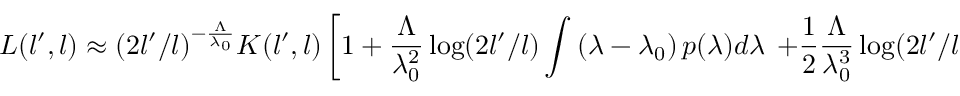
L ( l ^ { \prime } , l ) \approx ( 2 l ^ { \prime } / l ) ^ { - \frac { \Lambda } { \lambda _ { 0 } } } K ( l ^ { \prime } , l ) \left[ 1 + \frac { \Lambda } { \lambda _ { 0 } ^ { 2 } } \log ( 2 l ^ { \prime } / l ) \int \left( \lambda - \lambda _ { 0 } \right) p ( \lambda ) d \lambda \right. \left. + \frac { 1 } { 2 } \frac { \Lambda } { \lambda _ { 0 } ^ { 3 } } \log ( 2 l ^ { \prime } / l ) \left( \frac { \Lambda } { \lambda _ { 0 } } \log ( 2 l ^ { \prime } / l ) - 2 \right) \int ( \lambda - \lambda _ { 0 } ) ^ { 2 } p ( \lambda ) d \lambda \right] \ .